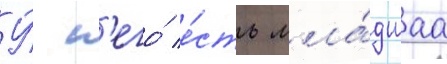
У́ н'его́ е́сть мла́дшаа